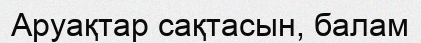
Аруақтар сақтасын, балам